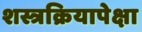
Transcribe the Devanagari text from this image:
शस्त्रक्रियापेक्षा